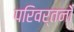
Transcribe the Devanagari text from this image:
परिवर्तनोँ